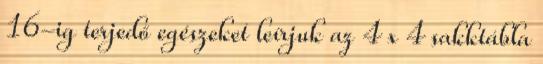
16-ig terjedő egészeket leírjuk az 4 x 4 sakktábla